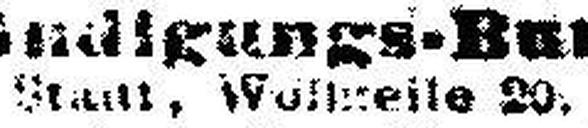
Stadt, Wellzelle 20.